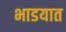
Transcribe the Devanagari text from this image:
भाडयात